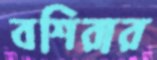
বশিরার